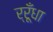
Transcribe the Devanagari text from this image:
र्रूँधा